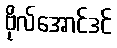
ဗိုလ်အောင်ဒင်